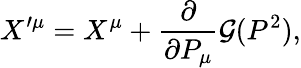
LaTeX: X^{\prime\mu}=X^{\mu}+{\frac{\partial}{\partial P_{\mu}}}{\cal G}(P^{2}),